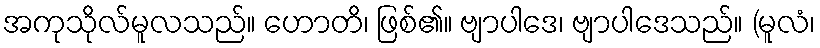
အကုသိုလ်မူလသည်။ ဟောတိ၊ ဖြစ်၏။ ဗျာပါဒေ၊ ဗျာပါဒေသည်။ (မူလံ၊